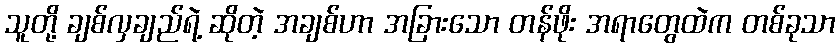
သူတို့ ချစ်လှချည်ရဲ့ ဆိုတဲ့ အချစ်ဟာ အခြားသော တန်ဖိုး အရာတွေထဲက တစ်ခုသာ